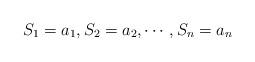
LaTeX: \begin{align*}S_1=a_1, S_2=a_2, \cdots, S_n=a_n\end{align*}